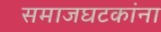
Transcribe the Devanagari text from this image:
समाजघटकांना